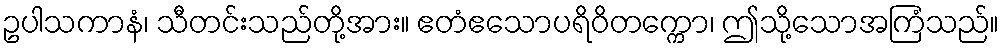
ဥပါသကာနံ၊ သီတင်းသည်တို့အား။ ဧတံဧသောပရိဝိတက္ကော၊ ဤသို့သောအကြံသည်။